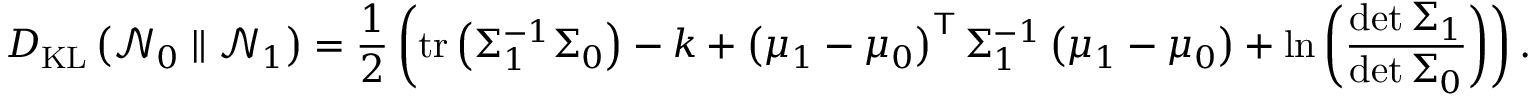
D _ { \mathrm { K L } } \left( { \mathcal { N } } _ { 0 } \parallel { \mathcal { N } } _ { 1 } \right) = { \frac { 1 } { 2 } } \left( \operatorname { t r } \left( \Sigma _ { 1 } ^ { - 1 } \Sigma _ { 0 } \right) - k + \left( \mu _ { 1 } - \mu _ { 0 } \right) ^ { \mathsf { T } } \Sigma _ { 1 } ^ { - 1 } \left( \mu _ { 1 } - \mu _ { 0 } \right) + \ln \left( { \frac { \operatorname* { d e t } \Sigma _ { 1 } } { \operatorname* { d e t } \Sigma _ { 0 } } } \right) \right) .